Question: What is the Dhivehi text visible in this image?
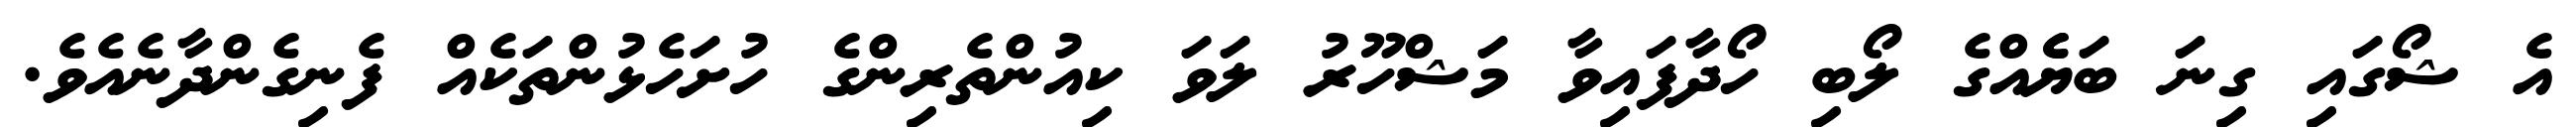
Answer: އެ ޝޯގައި ގިނަ ބަޔެެއްގެ ލޯބި ހޯދާފައިވާ މަޝްހޫރު ލަވަ ކިއުންތެރިންގެ ހުށަހެޅުންތަކެއް ފެނިގެންދާނެއެވެ.